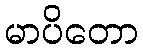
မာပိတော